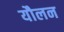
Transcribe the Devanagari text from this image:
यौलन